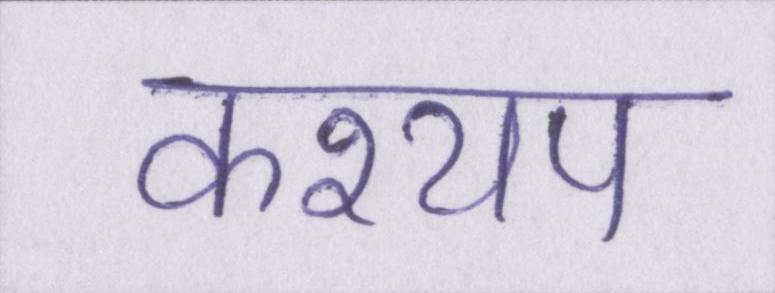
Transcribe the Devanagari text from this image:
कश्यप